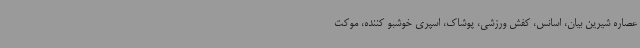
عصاره شیرین بیان، اسانس، کفش ورزشی، پوشاک، اسپری خوشبو کننده، موکت